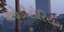
ઓડીટોરિયમ